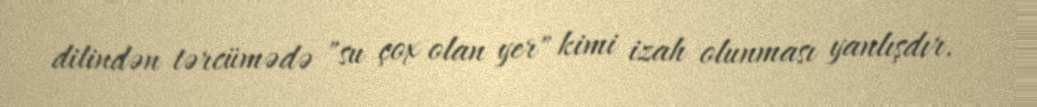
dilindən tərcümədə "su çox olan yer" kimi izah olunması yanlışdır.